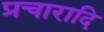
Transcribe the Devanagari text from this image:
प्रचारादि